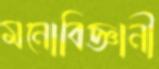
মনোবিজ্ঞানী